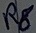
Text: R8